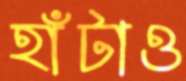
হাঁটাও